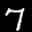
Label: 7